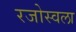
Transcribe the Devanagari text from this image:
रजोस्वला